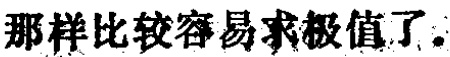
那样比较容易求极值了.